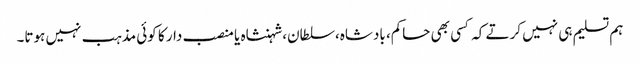
ہم تسلیم ہی نہیں کرتے کہ کسی بھی حاکم، بادشاہ،سلطان،شہنشاہ یا منصب دار کا کوئی مذہب نہیں ہوتا۔